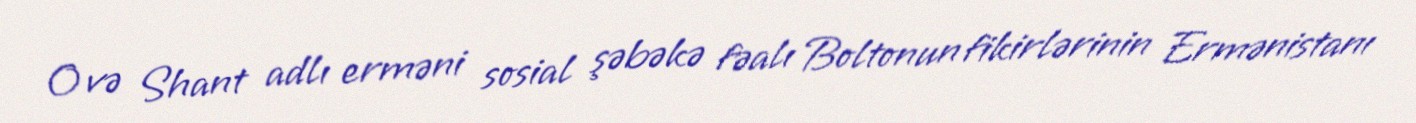
O və Shant adlı erməni sosial şəbəkə fəalı Boltonun fikirlərinin Ermənistanı